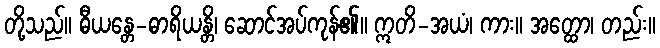
တို့သည်။ ဓီယန္တေ-ဓာရိယန္တိ၊ ဆောင်အပ်ကုန်၏။ ဣတိ-အယံ၊ ကား။ အတ္ထော၊ တည်း။